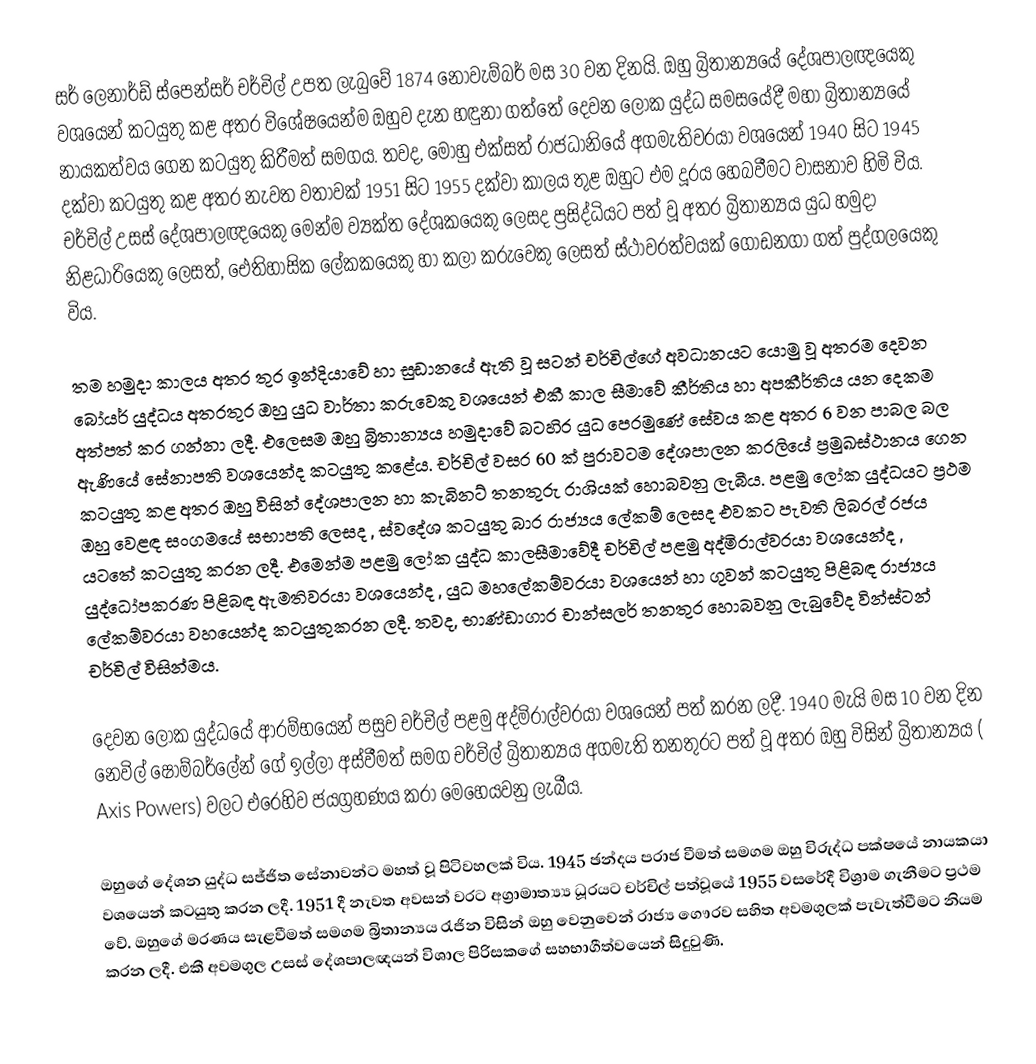
සර් ලෙනාර්ඩ් ස්පෙන්සර් චර්චිල් උපත ලැබුවේ 1874 නොවැම්බර් මස 30 වන දිනයි. ඔහු බ්‍රිතාන්‍යයේ දේශපාලඥයෙකු වශයෙන් කටයුතු කළ අතර විශේෂයෙන්ම ඔහුව දැන හඳුනා ගත්තේ දෙවන ලෝක යුද්ධ සමසයේදී මහා බ්‍රිතාන්‍යයේ නායකත්වය ගෙන කටයුතු කිරීමත් සමගය. තවද, මොහු එක්සත් රාජධානියේ අගමැතිවරයා වශයෙන් 1940 සිට 1945 දක්වා කටයුතු කළ අතර නැවත වතාවක් 1951 සිට 1955 දක්වා කාලය තුළ ඔහුට එම දූරය හෙබවීමට වාසනාව හිමි විය. චර්චිල් උසස් දේශපාලඥයෙකු මෙන්ම ව්‍යක්ත  දේශකයෙකු ලෙසද ප්‍රසිද්ධියට පත් වූ අතර බ්‍රිතාන්‍යය යුධ හමුදා නිළධාරියෙකු ලෙසත්, ‍ඓතිහාසික ලේකකයෙකු හා කලා කරුවෙකු ලෙසත් ස්ථාවරත්වයක් ගොඩනගා ගත් පුද්ගලයෙකු විය.

තම හමුදා කාලය අතර තුර ඉන්දියාවේ හා සුඩානයේ ඇති වූ සටන් චර්චිල්ගේ අවධානයට යොමු වූ අතරම දෙවන බෝයර් යුද්ධය අතරතුර ඔහු යුධ වාර්තා කරුවෙකු  වශයෙන් එකී කාල සීමාවේ කීර්තිය හා අපකීර්තිය යන දෙකම අත්පත් කර ගන්නා ලදී. එලෙසම ඔහු බ්‍රිතාන්‍යය හමුදාවේ බටහිර යුධ පෙරමුණේ සේවය කළ අතර 6 වන පාබල බල ඇණියේ සේනාපති වශයෙන්ද කටයුතු කළේය. චර්චිල් වසර 60 ක් පුරාවටම දේශපාලන කරලියේ ප්‍රමුඛස්ථානය ගෙන කටයුතු කළ අතර ඔහු විසින් දේශපාලන හා කැබිනට් තනතුරු රාශියක් හොබවනු ලැබීය. පළමු ලෝක යුද්ධයට ප්‍රථම  ඔහු වෙළඳ සංගමයේ සභාපති ලෙසද , ස්වදේශ කටයුතු බාර රාජ්‍යය ලේකම් ලෙසද එවකට පැවති ලිබරල් රජය යටතේ කටයුතු කරන ලදී. එමෙන්ම පළමු ලෝක යුද්ධ කාලසීමාවේදී චර්චිල් පළමු අද්මිරාල්වරයා වශයෙන්ද , යුද්ධෝපකරණ පිළිබඳ ඇමතිවරයා වශයෙන්ද , යුධ මහලේකම්වරයා වශයෙන් හා ගුවන් කටයුතු පිළිබඳ රාජ්‍යය ලේකම්වරයා වහයෙන්ද කටයුතුකරන ලදී. තවද, භාණ්ඩාගාර චාන්සලර් තනතුර හොබවනු ලැබුවේද වින්ස්ටන් චර්චිල් විසින්මය.‍

දෙවන ලෝක යුද්ධයේ ආරම්භයෙන් පසුව චර්චිල් පළමු අද්මිරාල්වරයා වශයෙන් පත් කරන ලදී. 1940 මැයි මස 10 වන දින නෙවිල් ෂොම්බර්ලේන් ගේ ඉල්ලා අස්වීමත් සමග චර්චිල් බ්‍රිතාන්‍යය අගමැති තනතුරට පත් වූ අතර ඔහු විසින් බ්‍රිතාන්‍යය ( Axis Powers) වලට එරෙහිව ජයග්‍රහණය කරා මෙහෙයවනු ලැබීය.

ඔහුගේ දේශන යුද්ධ සජ්ජිත සේනාවන්ට මහත් වූ පිටිවහලක් විය. 1945 ඡන්දය පරාජ වීමත් සමගම ඔහු විරුද්ධ පක්ෂයේ නායකයා වශයෙන් කටයුතු කරන ලදී. 1951 දී නැවත අවසන් වරට අග්‍රාමාත්‍ය්‍ය ධූරයට චර්චිල් පත්වූයේ 1955 වසරේදී විශ්‍රාම ගැනීමට ප්‍රථම වේ. ඔහුගේ මරණය සැළවීමත් සමගම බ්‍රිතාන්‍යය රැජින විසින් ඔහු වෙනුවෙන් රාජ්‍ය ගෞරව සහිත අවමගුලක් පැවැත්වීමට නියම කරන ලදී. එකී අවමගුල උසස් දේශපාලඥයන් විශාල පිරිසකගේ සහභාගීත්වයෙන් සිදුවුණි.